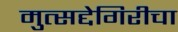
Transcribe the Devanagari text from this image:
मुत्सद्देगिरीचा